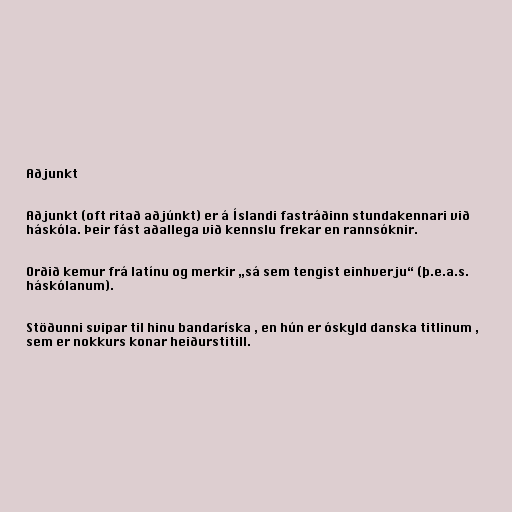
Aðjunkt

Aðjunkt (oft ritað aðjúnkt) er á Íslandi fastráðinn stundakennari við
háskóla. Þeir fást aðallega við kennslu frekar en rannsóknir.

Orðið kemur frá latínu og merkir „sá sem tengist einhverju“ (þ.e.a.s.
háskólanum).

Stöðunni svipar til hinu bandaríska , en hún er óskyld danska titlinum ,
sem er nokkurs konar heiðurstitill.